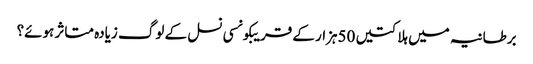
برطانیہ میں ہلاکتیں 50ہزار کے قریبکونسی نسل کے لوگ زیادہ متاثر ہوئے؟